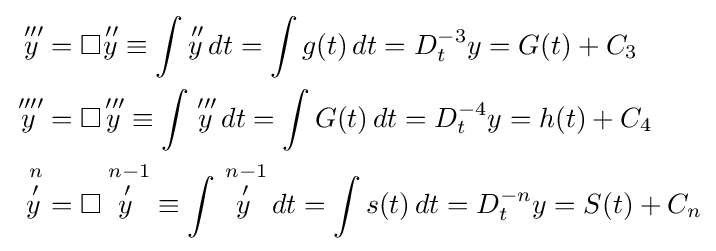
{\begin{aligned}{\overset {\,\prime \prime \prime }{y}}&=\Box {\overset {\,\prime \prime }{y}}\equiv \int {\overset {\,\prime \prime }{y}}\,dt=\int g(t)\,dt=D_{t}^{-3}y=G(t)+C_{3}\\{\overset {\,\prime \prime \prime \prime }{y}}&=\Box {\overset {\,\prime \prime \prime }{y}}\equiv \int {\overset {\,\prime \prime \prime }{y}}\,dt=\int G(t)\,dt=D_{t}^{-4}y=h(t)+C_{4}\\{\overset {\;n}{\overset {\,\prime }{y}}}&=\Box {\overset {\;n-1}{\overset {\,\prime }{y}}}\equiv \int {\overset {\;n-1}{\overset {\,\prime }{y}}}\,dt=\int s(t)\,dt=D_{t}^{-n}y=S(t)+C_{n}\end{aligned}}